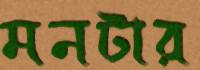
মনটার